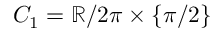
C _ { 1 } = \mathbb { R } / 2 \pi \times \{ \pi / 2 \}